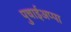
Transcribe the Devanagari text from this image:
पुचाईअप्पा